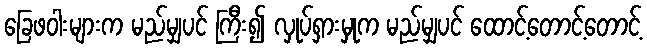
ခြေဖဝါးများက မည်မျှပင် ကြီး၍ လှုပ်ရှားမှုက မည်မျှပင် ထောင့်တောင့်တောင့်